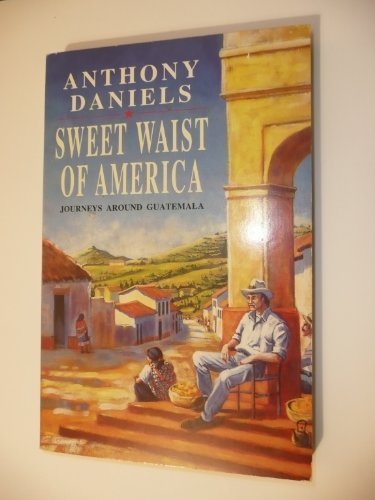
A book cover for Sweet Waist of America: journeys around Guatemala; ANTHONY DANIELS; Travel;